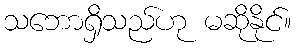
သဘောရှိသည်ဟု မဆိုနိုင်။